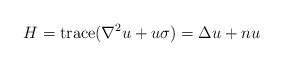
LaTeX: \begin{align*}H=\textrm{trace} (\nabla^2u+u\sigma)=\Delta u+nu\end{align*}